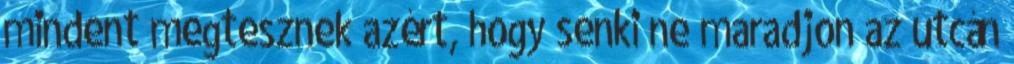
mindent megtesznek azért, hogy senki ne maradjon az utcán